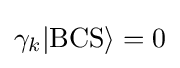
\gamma _{k}|\mathrm {BCS} \rangle =0